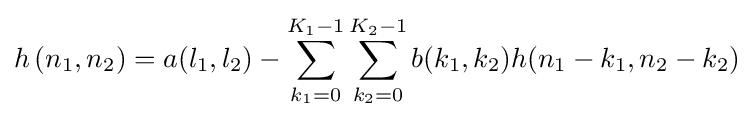
h\left(n_{1},n_{2}\right)=a(l_{1},l_{2})-\sum _{k_{1}=0}^{K_{1}-1}\sum _{k_{2}=0}^{K_{2}-1}b(k_{1},k_{2})h(n_{1}-k_{1},n_{2}-k_{2})